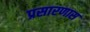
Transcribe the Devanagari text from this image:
प्रसारणास